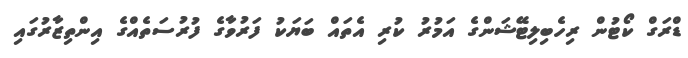
ޑްރަގް ކޯޓުން ރިހެބިލިޓޭޝަންގެ އަމުރު ކުރި އެތައް ބަޔަކު ފަރުވާގެ ފުރުސަތެއްގެ އިންތިޒާރުގައި